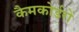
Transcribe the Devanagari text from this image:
कैमकोर्डरों